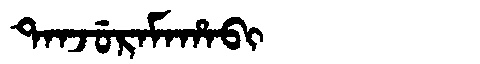
Manchu: ᡨᠠᠨᠵᡠᡵᠠᠮᠠᡥᠠᠪᡳ
Romanization: TANJURAMAHABI